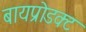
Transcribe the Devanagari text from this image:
बायप्रोडक्ट